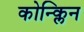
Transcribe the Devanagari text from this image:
कोन्क्लिन